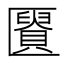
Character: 𰅩